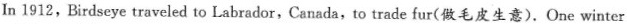
In 1912,Birdseye traveled to Labrador,Canada, to trade fur(做毛皮生意).One winter